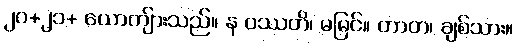
၂၀+၂၁+ ယောကျ်ားသည်။ န ပဿတိ၊ မမြင်။ တာတ၊ ချစ်သား။